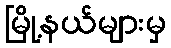
မြို့နယ်များမှ